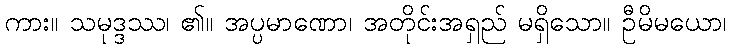
ကား။ သမုဒ္ဒဿ၊ ၏။ အပ္ပမာဏော၊ အတိုင်းအရှည် မရှိသော။ ဦမိမယော၊